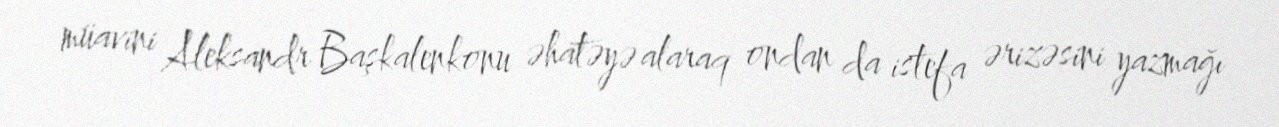
müavini Aleksandr Başkalenkonu əhatəyə alaraq ondan da istefa ərizəsini yazmağı